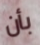
بأن